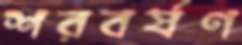
শরবর্ষণ